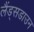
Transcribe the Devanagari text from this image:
लैंड्सडाउन